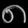
Digit: ၈